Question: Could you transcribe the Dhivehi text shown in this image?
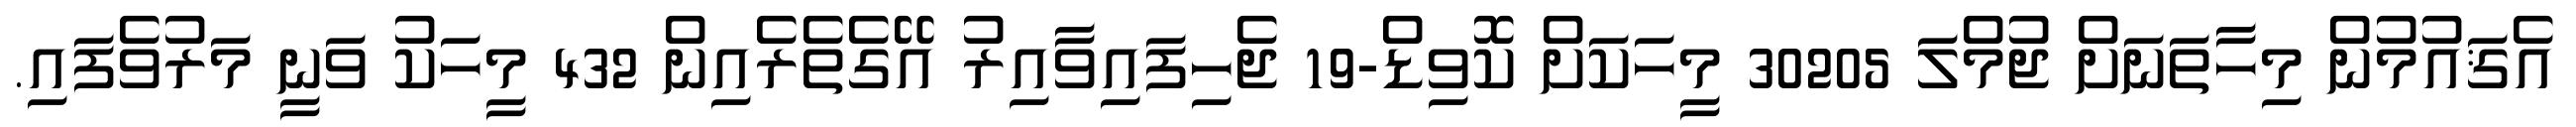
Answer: އެޤައުމުން މިހާތަނަށް ޖުމްލަ 30205 މީހަކަށް ކޮވިޑް-19 ޖެހިފައިވާއިރު އޭގެތެރެއިން 432 މީހަކު ވަނީ މަރުވެފައި.